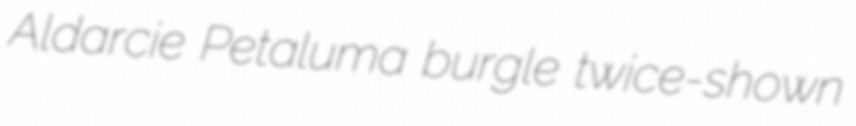
Aldarcie Petaluma burgle twice-shown